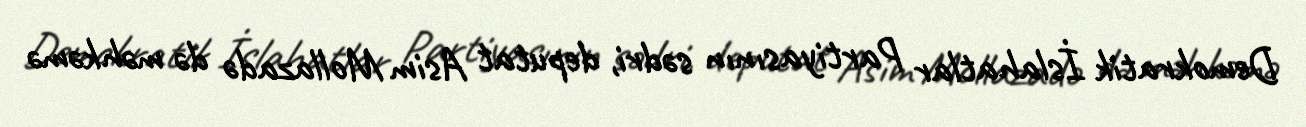
Demokratik İslahatlar Partiyasının sədri, deputat Asim Mollazadə də məhkəmə